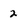
Character: 2